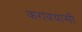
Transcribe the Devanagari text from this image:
करावयासी